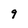
Character: 9